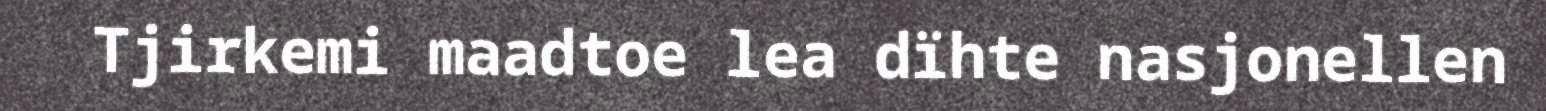
Tjirkemi maadtoe lea dïhte nasjonellen